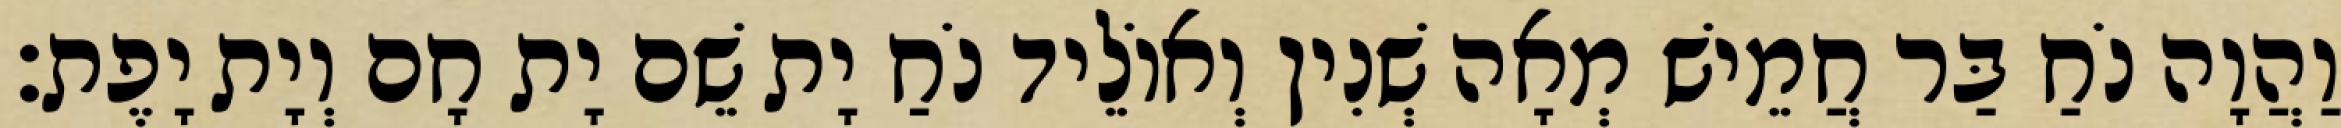
וַהֲוָה נֹחַ בַּר חֲמֵישׁ מְאָה שְׁנִין וְאוֹלֵיד נֹחַ יָת שֵׁם יָת חָם וְיָת יָפֶת׃